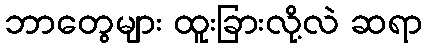
ဘာတွေများ ထူးခြားလို့လဲ ဆရာ